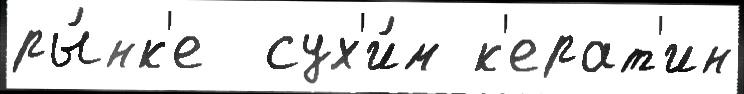
ры́нк'е  сух'и́м к'ерат'ин